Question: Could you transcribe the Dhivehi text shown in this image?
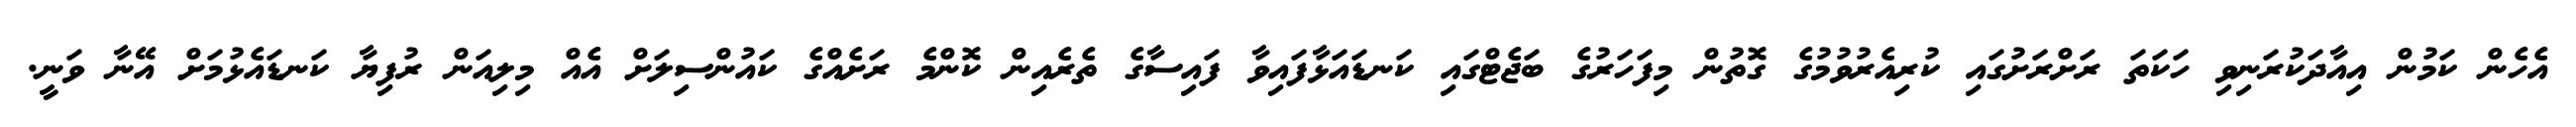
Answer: އެހެން ކަމުން އިއާދަކުރަނިވި ހަކަތަ ރަށްރަށުގައި ކުރިއެރުވުމުގެ ގޮތުން މިފަހަރުގެ ބަޖެޓްގައި ކަނޑައަޅާފައިވާ ފައިސާގެ ތެރެއިން ކޮންމެ ރަށެއްގެ ކައުންސިލަށް އެއް މިލިއަން ރުފިޔާ ކަނޑައެޅުމަށް އޭނާ ވަނީ.